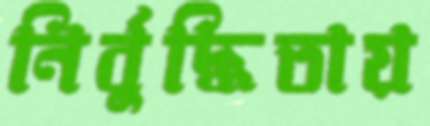
নির্বুদ্ধিতায়